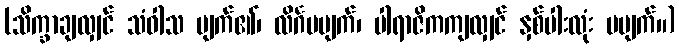
(သိက္ခာချလျှင် သံဝါသ ပျက်၏၊ လိင်္ဂမပျက်၊ ပါရာဇိကကျလျှင် နှစ်ပါးလုံး မပျက်။)